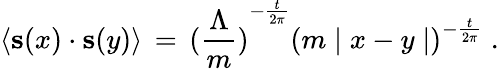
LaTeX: \langle{\mathbf s}(x)\cdot{\mathbf s}(y)\rangle\, =\, {(\frac{\Lambda}{m})}^{-\frac{t}{2\pi}}{(m\mid x-y\mid)}^{-\frac{t}{2\pi}}\; .